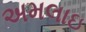
અમલાઇ